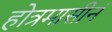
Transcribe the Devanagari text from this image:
होत्रमासीनं